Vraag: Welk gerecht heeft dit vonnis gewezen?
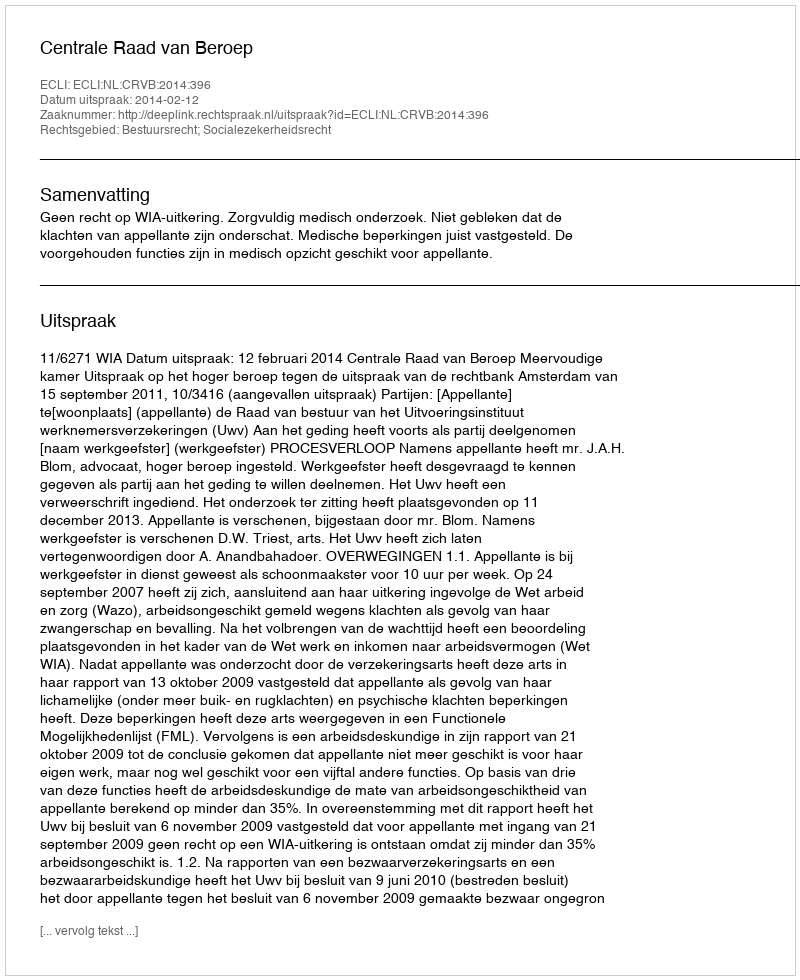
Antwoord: Centrale Raad van Beroep